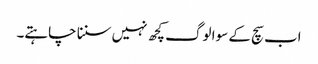
اب سچ کے سوا لوگ کچھ نہیں سننا چاہتے۔